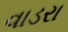
વાડરા